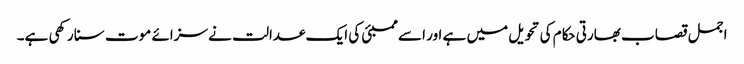
اجمل قصاب بھارتی حکام کی تحویل میں ہے اور اسے ممبئی کی ایک عدالت نے سزائے موت سنا رکھی ہے۔